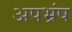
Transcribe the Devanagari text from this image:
अपभ्रंष